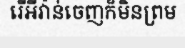
រើអីវ៉ាន់ចេញក៏មិនព្រម